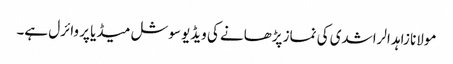
مولانا زاہد الراشدی کی نماز پڑھانے کی ویڈیو سوشل میڈیا پر وائرل ہے۔